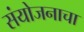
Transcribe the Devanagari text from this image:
संयोजनाचा